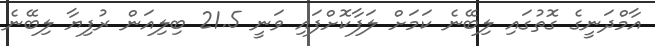
އާމްދަނީގެ ގޮތުގައި ލިބޭނެ ކަމަށް ލަފާކޮށްފައި ވަނީ 21.5 ބިލިއަން ރުފިޔާ ލިބޭނެ